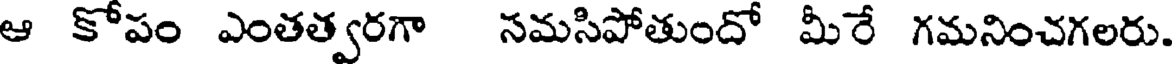
ఆ కోపం ఎంతత్వరగా సమసిపోతుందో మీరే గమనించగలరు.